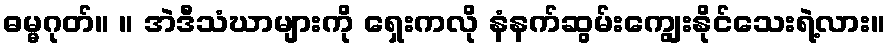
ဓမ္မဂုတ်။ ။ အဲဒီသံဃာများကို ရှေးကလို နံနက်ဆွမ်းကျွေးနိုင်သေးရဲ့လား။